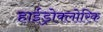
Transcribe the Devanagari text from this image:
हाईड्रोक्लोरिक